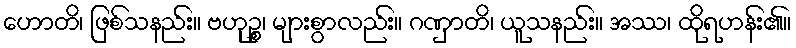
ဟောတိ၊ ဖြစ်သနည်း။ ဗဟုဉ္စ၊ များစွာလည်း။ ဂဏှာတိ၊ ယူသနည်း။ အဿ၊ ထိုရဟန်း၏။